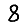
Digit: 8